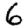
Digit: 6